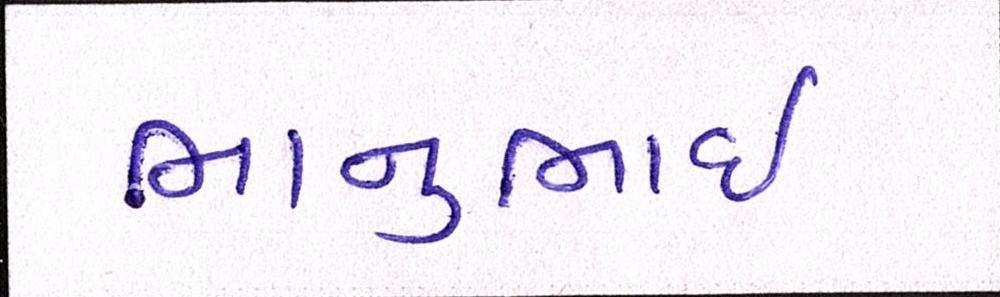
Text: ભાનુભાઈ